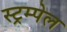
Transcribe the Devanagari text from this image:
स्ट्रम्पेल